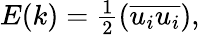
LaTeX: \begin{array}{r}{E(k)=\frac{1}{2}(\overline{{u_{i}u_{i}}}),}\end{array}